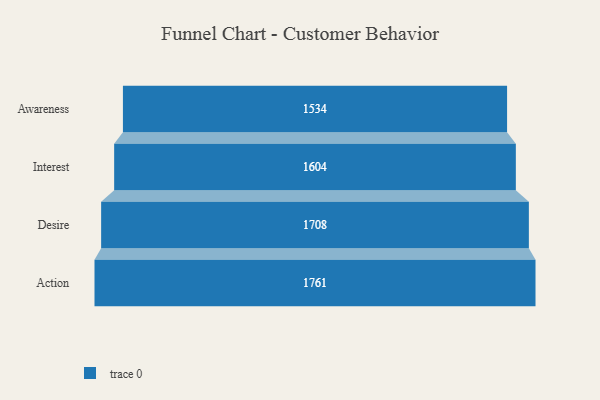
{"axis": {"x": "Stage", "y": "Value"}, "legend": [""], "data": [{"x": "Awareness", "y": 1534.0, "type": ""}, {"x": "Interest", "y": 1604.0, "type": ""}, {"x": "Desire", "y": 1708.0, "type": ""}, {"x": "Action", "y": 1761.0, "type": ""}]}